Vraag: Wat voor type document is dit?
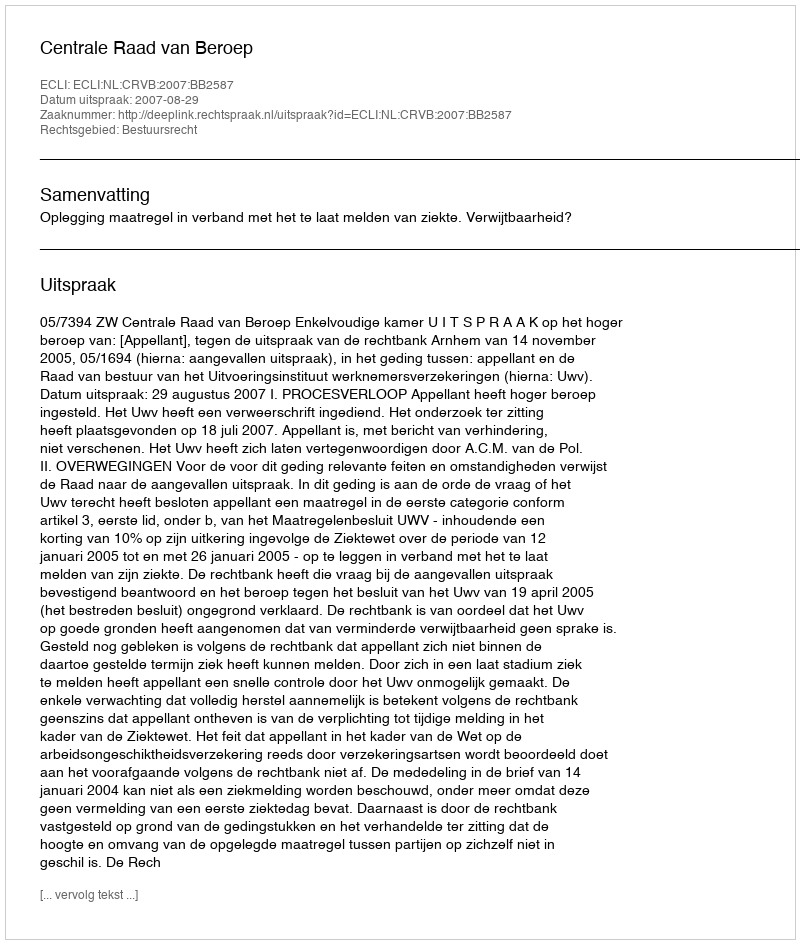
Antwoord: Uitspraak